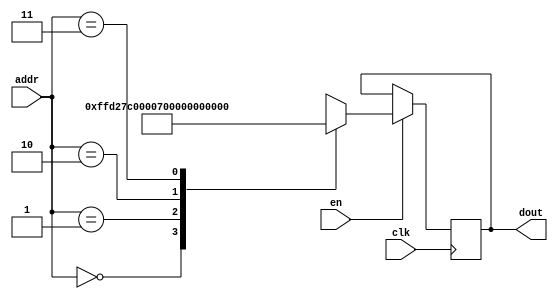
`timescale 1ns / 1ps
/*
Copyright
All right reserved.
Module Name: rom_syn
Author  : Zichuan Liu, Yixing Li and Wenye Liu.
Description:
A synthesized ROM: ROM_DEP x ROM_WID
*/
module AD_REF_ROM_21(
// inputs
clk,
en,
addr,
// outputs
dout
);
localparam ROM_WID = 22;
localparam ROM_DEP = 4;
localparam ROM_ADDR = 2;
// input definition
input clk;
input en;
input [ROM_ADDR-1:0] addr;
// output definition
output [ROM_WID-1:0] dout;
reg [ROM_WID-1:0] data;
always @(posedge clk)
begin
if (en) begin
case(addr)
		2'd0: data <= 22'b1111111111010010011111;
		2'd1: data <= 22'b0000000000000000000110;
		2'd2: data <= 22'b1111111111111111111101;
		2'd3: data <= 22'b1111111111011101010000;
		endcase
		end
	end
	assign dout = data;
endmodule